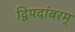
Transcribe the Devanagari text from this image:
द्विपदांबरम्